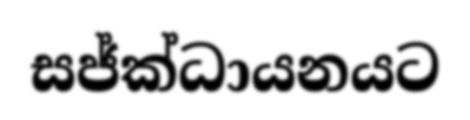
සජ්ක්ධායනයට